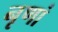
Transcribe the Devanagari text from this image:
नृणां